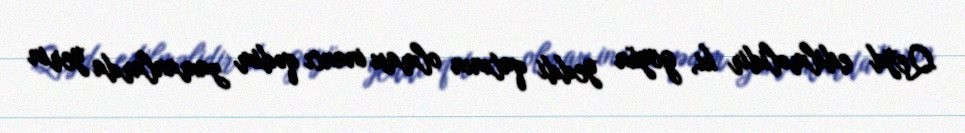
Qeyd edilməlidir ki, göyün yeddi qatının olması inancı qədim zamanlarda yerin